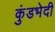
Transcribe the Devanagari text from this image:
कुंडभेदी